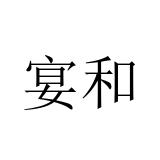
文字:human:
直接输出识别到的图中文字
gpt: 宴和